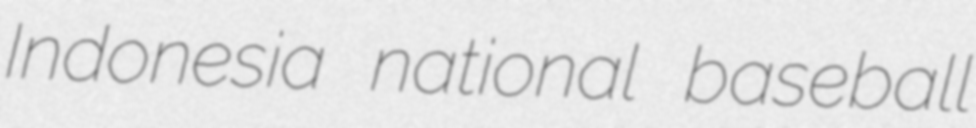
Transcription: Indonesia national baseball